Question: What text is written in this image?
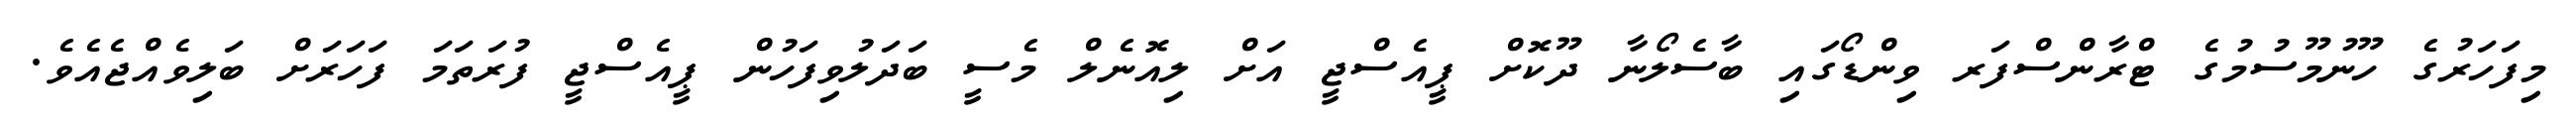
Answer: މިފަހަރުގެ ހޫނުމޫސުމުގެ ޓްރާންސްފަރ ވިންޑޯގައި ބާސެލޯނާ ދޫކޮށް ޕީއެސްޖީ އަށް ލިއޮނެލް މެސީ ބަދަލުވިފަހުން ޕީއެސްޖީ ފުރަތަމަ ފަހަރަށް ބަލިވެއްޖެއެވެ.